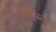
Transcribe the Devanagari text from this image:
निर्गुरुत्व